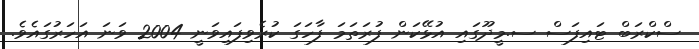
ސްކްރަބް ޓައިފަސް ސ.މީދޫގައި އުޅޭކަން ފުރަތަމަ ފާހަގަ ކުރެވިފައިވަނީ 2004 ވަނަ އަހަރުގައެވެ.